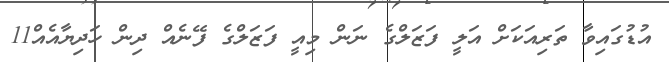
އުޑުގައިވާ ތަރިއަކަށް އަލީ ފަޒަލްގެ ނަން މިއީ ފަޒަލްގެ ފޭނެއް ދިން ހަދިޔާއެއް11